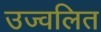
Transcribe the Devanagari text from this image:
उज्वलित